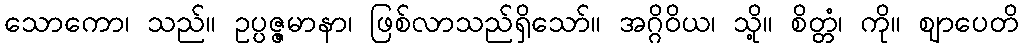
သောကော၊ သည်။ ဥပ္ပဇ္ဇမာနာ၊ ဖြစ်လာသည်ရှိသော်။ အဂ္ဂိဝိယ၊ သို့။ စိတ္တံ၊ ကို။ ဈာပေတိ